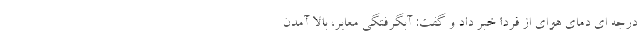
درجه ای دمای هوای از فردا خبر داد و گفت: آبگرفتگی معابر، بالا آمدن